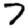
Digit: 7